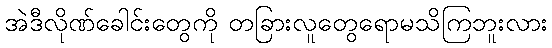
အဲဒီလိုဏ်ခေါင်းတွေကို တခြားလူတွေရောမသိကြဘူးလား